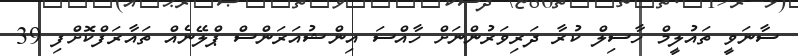
ސާނަވީ ތައުލީމް ހާސިލް ކުރާ ދަރިވަރުންނަށް ހާއްސަ އިންޝުއަރަންސް ޕްލޭނެއް ތައާރަފްކޮށްފި 39